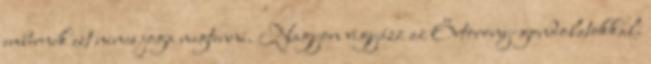
embernek ezt nincs joga megtenni. Nagyon vigyázz az Őrtorony-gondolatokkal.